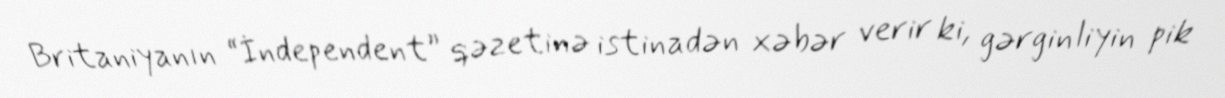
Britaniyanın “İndependent” qəzetinə istinadən xəbər verir ki, gərginliyin pik